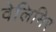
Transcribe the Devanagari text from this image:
वेलिमिर